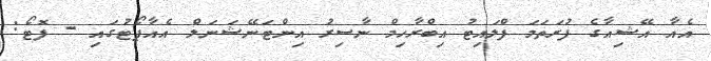
އެއާ އޭޝިއާގެ ފުރަތަމަ ފްލައިޓު އިބްރާހިމް ނާސިރު އިންޓަނޭޝަނަލް އެއާޕޯޓުގައި - ފޮޓޯ: